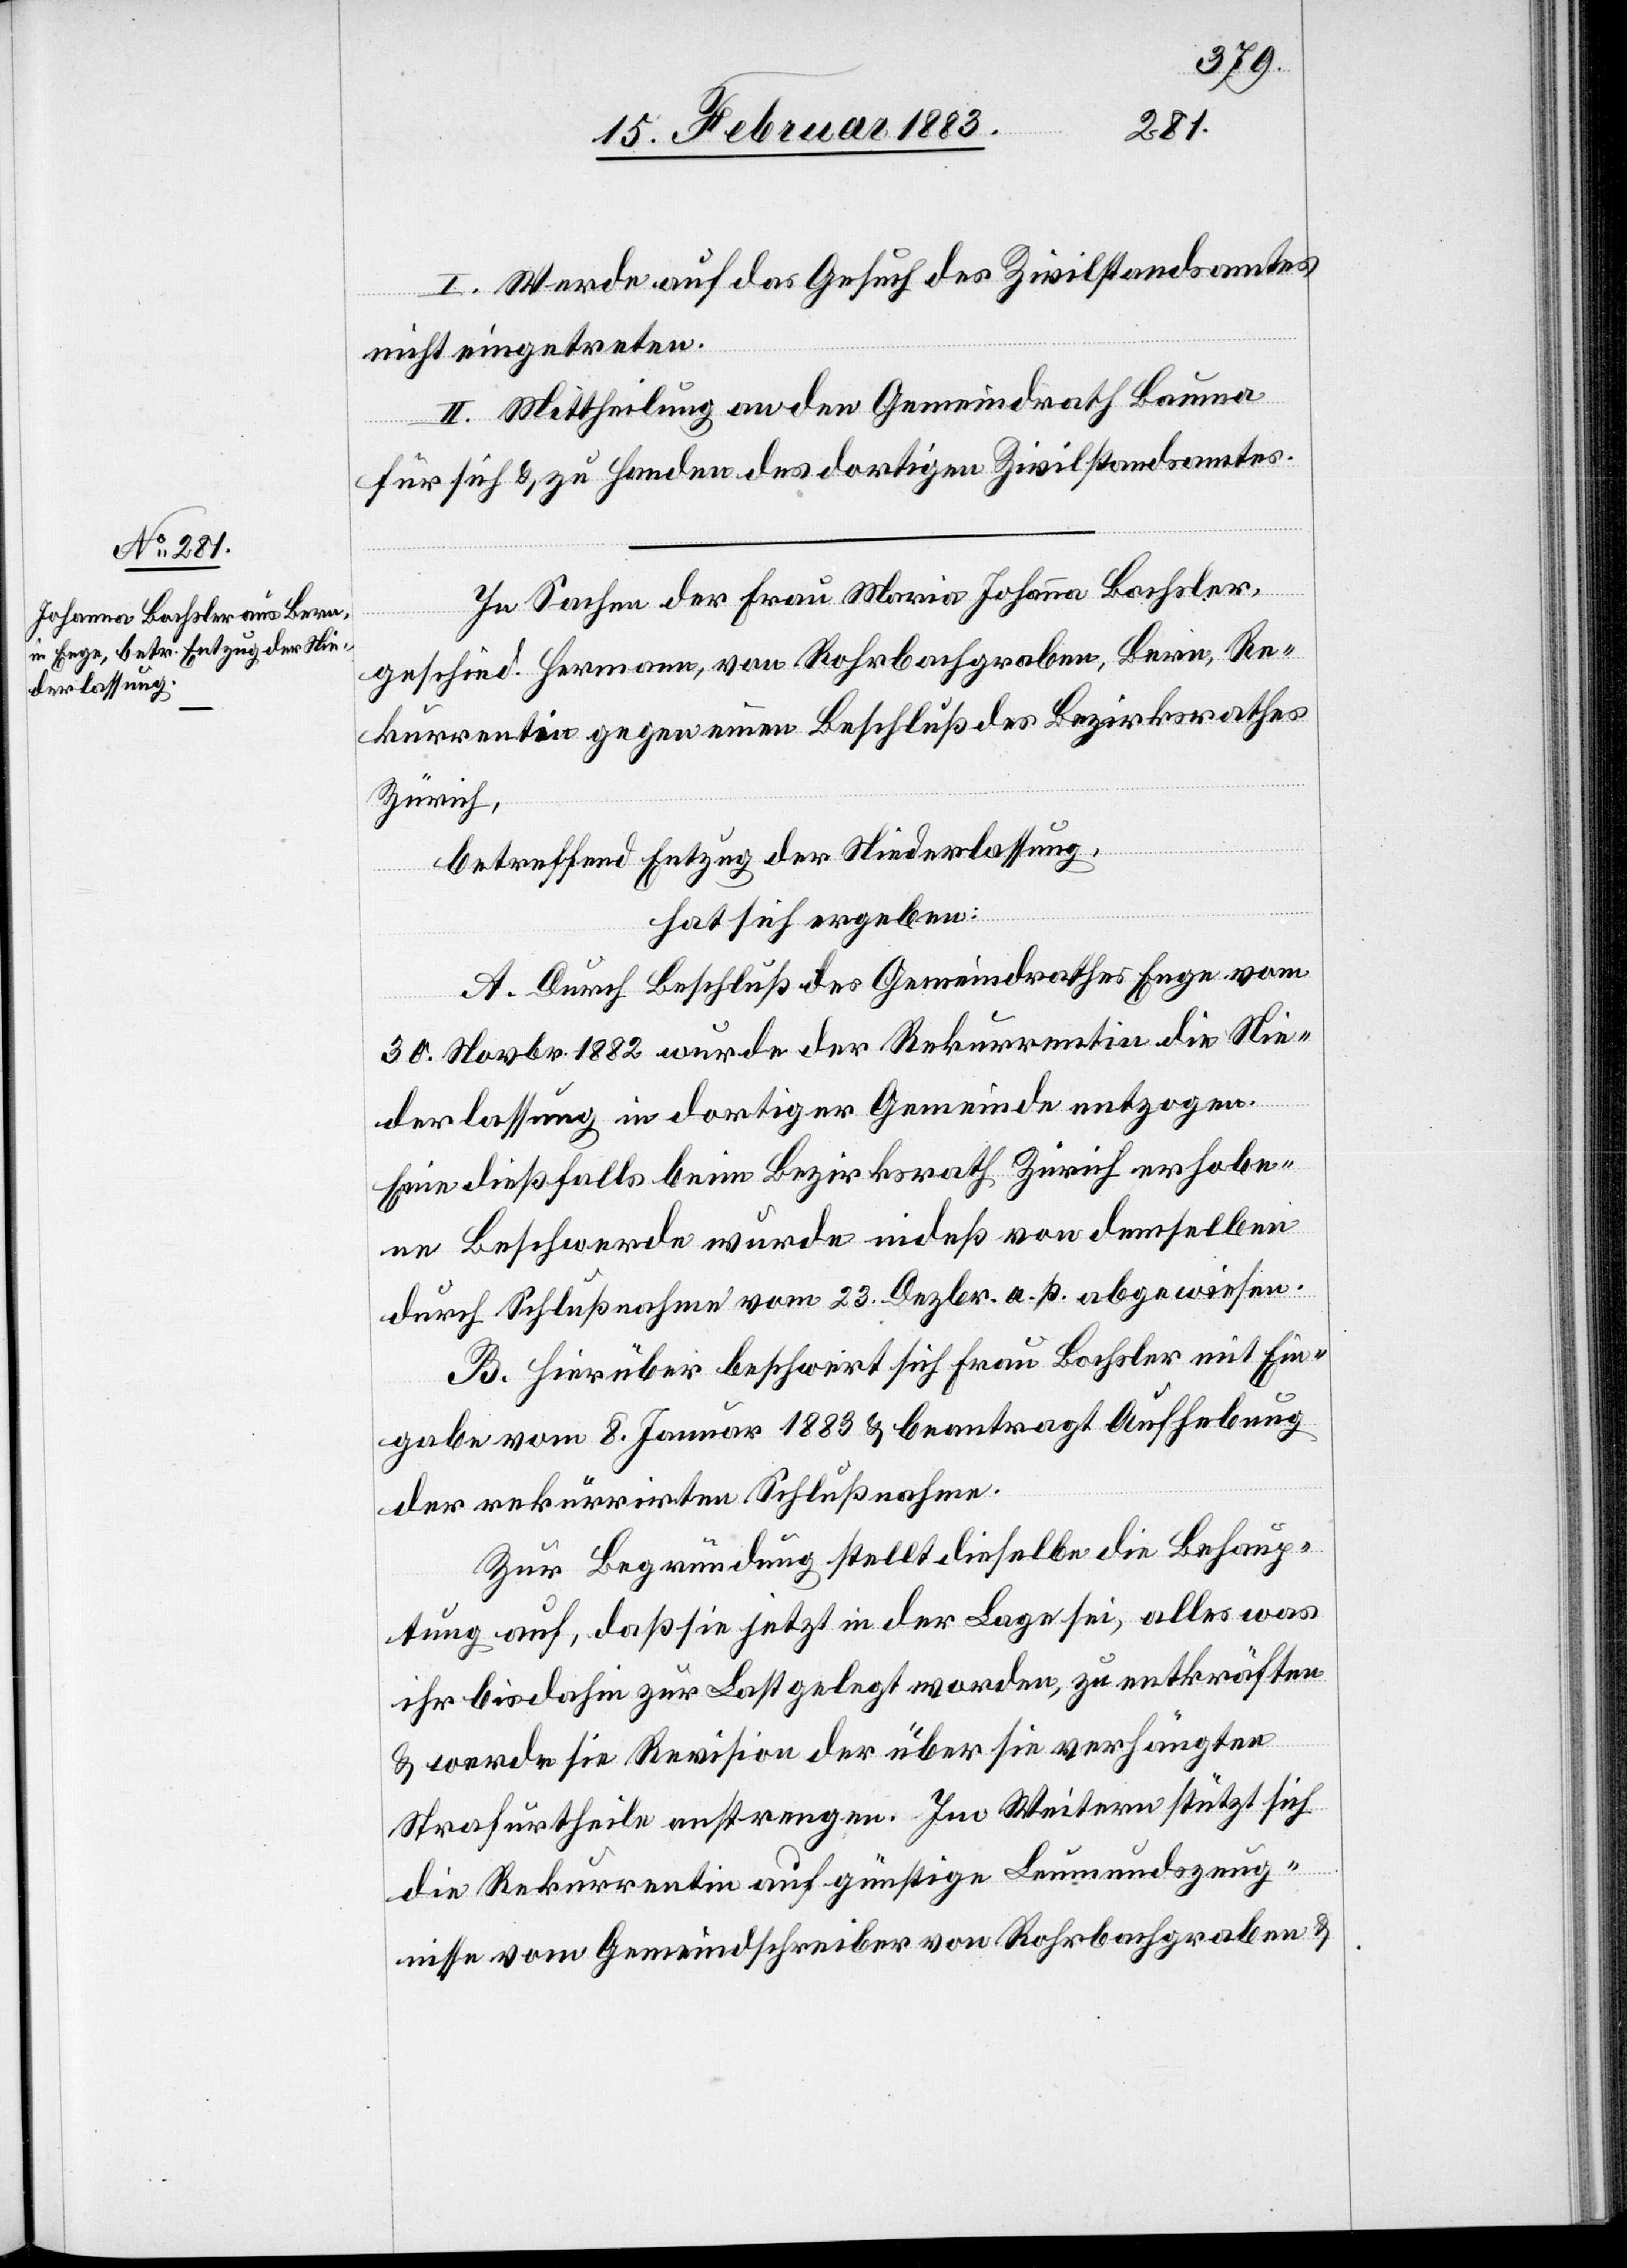
I. Werde auf das Gesuch des Zivilstandsamtes
nicht eingetreten.
II. Mittheilung an den Gemeindrath Bauma
für sich & zu Handen des dortigen Zivilstandsamtes.
In Sachen der Frau Maria Johanna Bochsler,
geschied. Hermann, von Rohrbachgraben, Bern, Re¬
kurrentin gegen einen Beschluß des Bezirksrathes
Zürich,
betreffend Entzug der Niederlassung,
hat sich ergeben:
A. Durch Beschluß des Gemeindrathes Enge vom
30. Novbr. 1882 wurde der Rekurrentin die Nie¬
derlassung in dortiger Gemeinde entzogen.
Eine dießfalls beim Bezirksrath Zürich erhobe¬
ne Beschwerde wurde indeß von demselben
durch Schlußnahme vom 23. Dezbr. a. p. abgewiesen.
B. Hierüber beschwert sich Frau Bochsler mit Ein¬
gabe vom 8. Januar 1883 & beantragt Aufhebung
der rekurrirten Schlußnahme.
Zur Begründung stellt dieselbe die Behaup¬
tung auf, daß sie jetzt in der Lage sei, alles was
ihr bis dahin zur Last gelegt worden, zu entkräften
& werde sie Revision der über sie verhängten
Urtheile anstrengen. Im Weitern stützt sich
die Rekurrentin auf günstige Leumundszeug¬
nisse vom Gemeindschreiber von Rohrbachgraben &